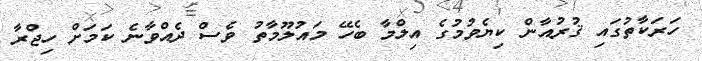
ހަރަކާތުގައި ޤުރުއާން ކިޔެވުމުގެ އިލްމާ ބެހޭ މައުލޫމާތު ވެސް ދެއްވާނެ ކަމަށް ހިޖްރާ